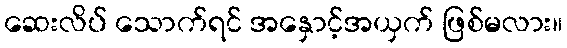
ဆေးလိပ် သောက်ရင် အနှောင့်အယှက် ဖြစ်မလား။